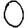
Digit: 0